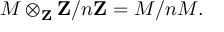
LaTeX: M \otimes _ { \mathbf { Z } } \mathbf { Z } / n \mathbf { Z } = M / n M .